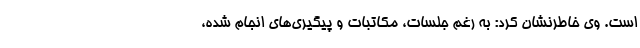
است. وی خاطرنشان کرد: به رغم جلسات، مکاتبات و پیگیری‌های انجام شده،